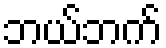
ဘယ်ဘက်